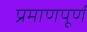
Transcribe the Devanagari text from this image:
प्रमाणपूर्ण